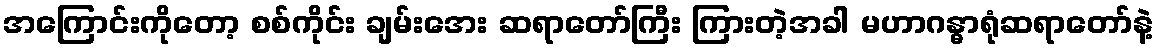
အကြောင်းကိုတော့ စစ်ကိုင်း ချမ်းအေး ဆရာတော်ကြီး ကြားတဲ့အခါ မဟာဂန္ဓာရုံဆရာတော်နဲ့